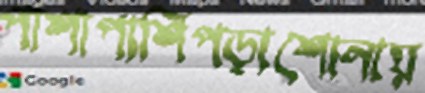
পাশাপাশিপড়াশোনায়